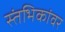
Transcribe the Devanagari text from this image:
स्तंभिकांवर